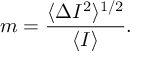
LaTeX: m = { \frac { \langle \Delta I ^ { 2 } \rangle ^ { 1 / 2 } } { \langle I \rangle } } .